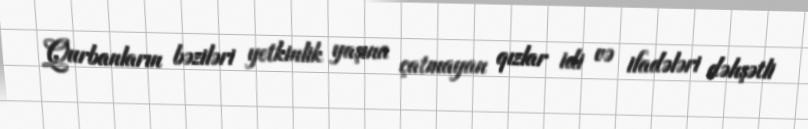
Qurbanların bəziləri yetkinlik yaşına çatmayan qızlar idi və ifadələri dəhşətli